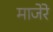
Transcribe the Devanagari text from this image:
माजेरे